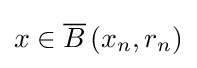
x\in {\overline {B}}\left(x_{n},r_{n}\right)